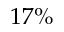
1 7 \%